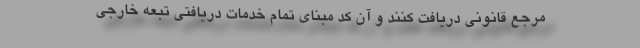
مرجع قانونی دریافت کنند و آن کد مبنای تمام خدمات دریافتی تبعه خارجی